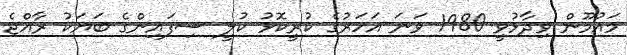
މައުމޫން ވިދާޅުވީ 1980 ވަނަ އަހަރުގެ ކުރީކޮޅު ކުލީ ސިފައިންގެ ބަޔަކު ރާއްޖެ